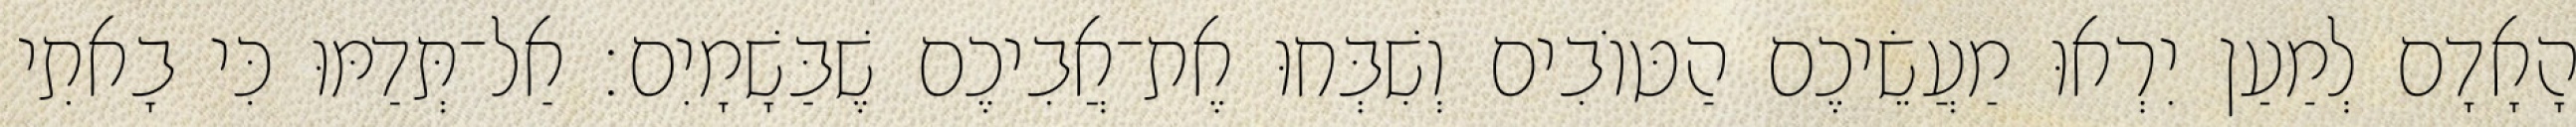
הָאָדָם לְמַעַן יִרְאוּ מַעֲשֵׂיכֶם הַטּוֹבִים וְשִׁבְּחוּ אֶת־אֲבִיכֶם שֶׁבַּשָׁמָיִם׃ אַל־תְּדַמּוּ כִּי בָאתִי